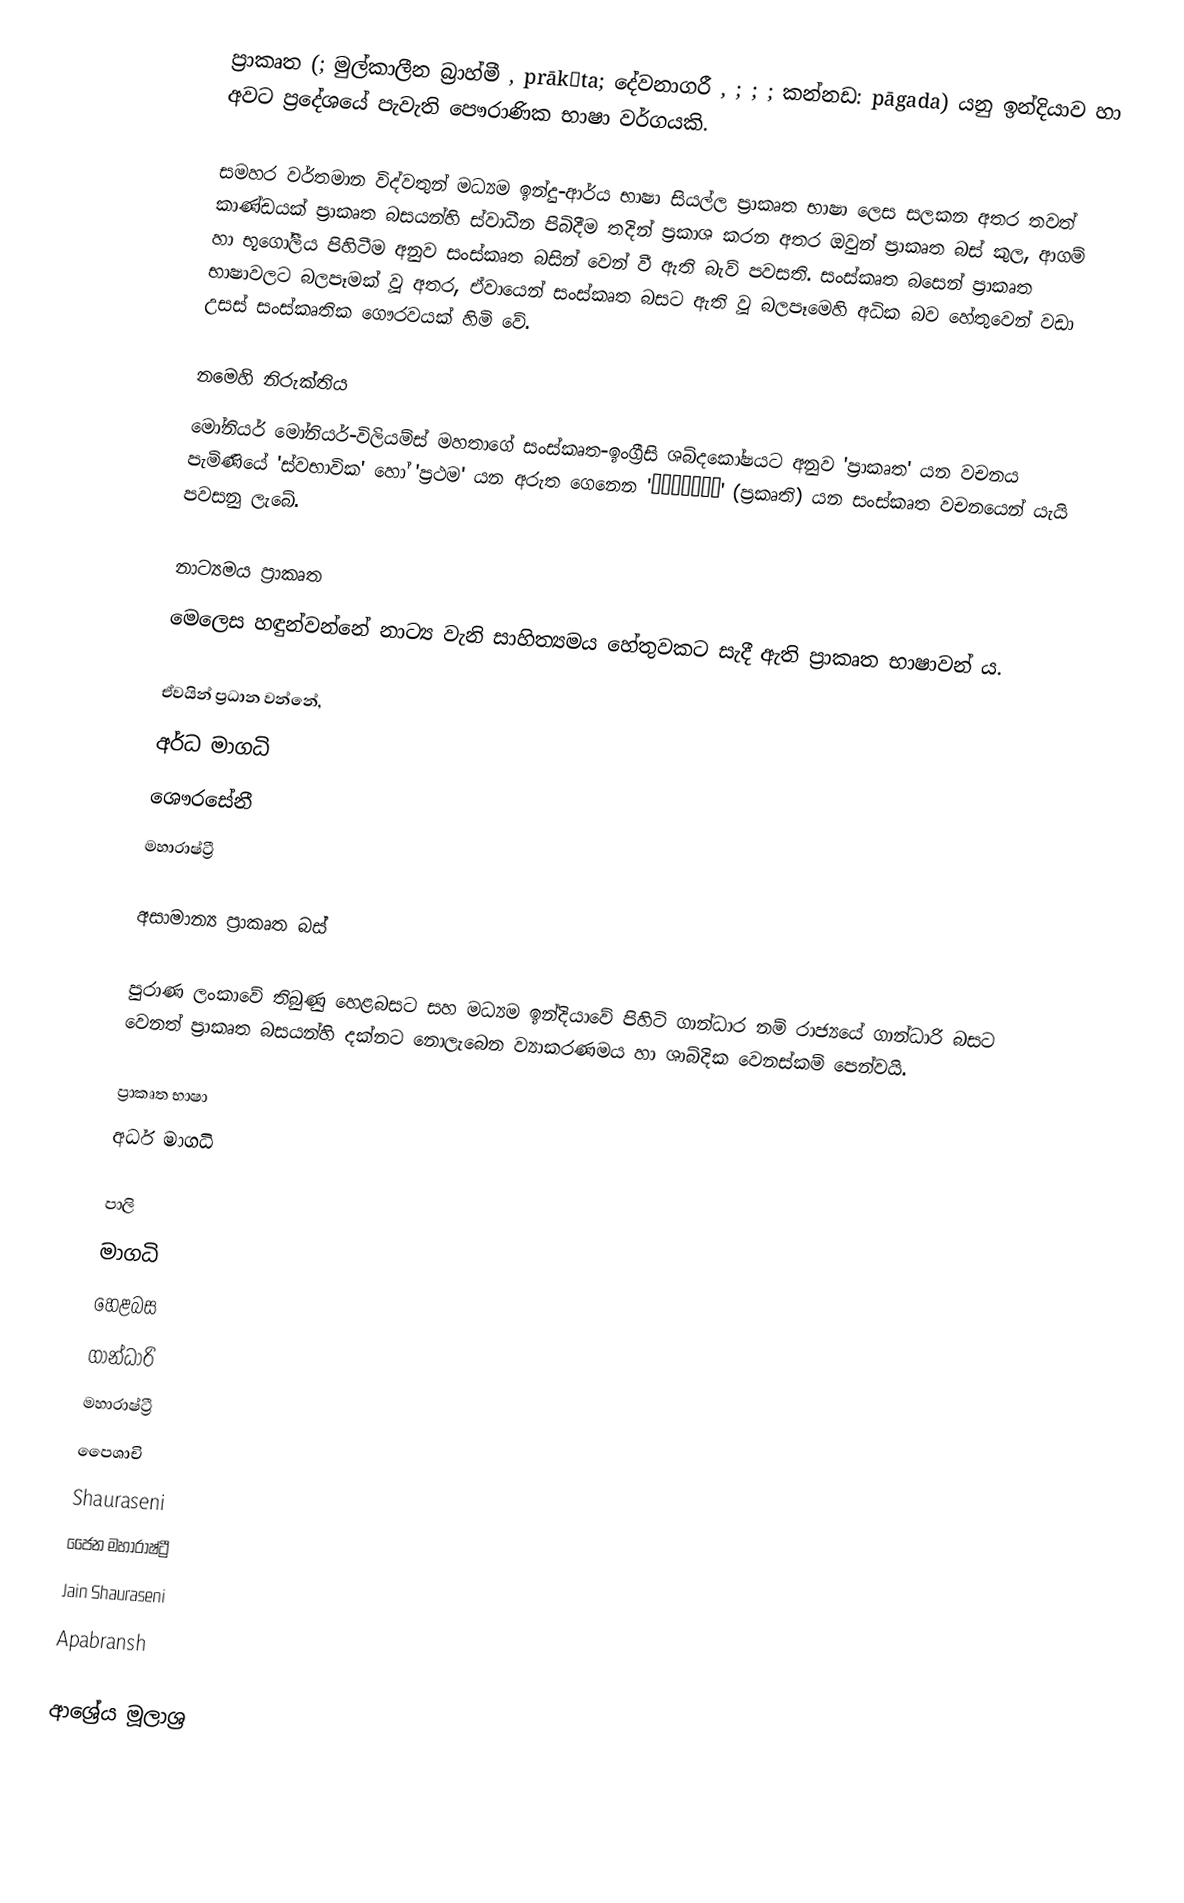
ප්‍රාකෘත (; මුල්කාලීන බ්‍රාහ්මී , prākṛta; දේවනාගරී , ; ; ; කන්නඩ: pāgada) යනු ඉන්දියාව හා අවට ප්‍රදේශයේ පැවැති පෞරාණික භාෂා වර්ගයකි.

සමහර වර්තමාන විද්වතුන් මධ්‍යම ඉන්දු-ආර්ය භාෂා සියල්ල ප්‍රාකෘත භාෂා ලෙස සලකන අතර තවත් කාණ්ඩයක් ප්‍රාකෘත බසයන්හි ස්වාධීන පිබිදීම තදින් ප්‍රකාශ කරන අතර ඔවුන් ප්‍රාකෘත බස් කුල​, ආගම් හා භූගෝලීය පිහිටීම අනුව සංස්කෘත බසින් වෙන් වී ඇති බැව් පවසති. සංස්කෘත බසෙන් ප්‍රාකෘත භාෂාවලට බලපෑමක් වූ අතර​, ඒවායෙන් සංස්කෘත බසට ඇති වූ බලපෑමෙහි අධික බව හේතුවෙන් වඩා උසස් සංස්කෘතික ගෞරවයක් හිමි වේ.

නමෙහි නිරුක්තිය​
මෝනියර් මෝනියර්-විලියම්ස් මහතාගේ සංස්කෘත​-ඉංග්‍රීසි ශබ්දකෝෂයට අනුව 'ප්‍රාකෘත​' යන වචනය පැමිණියේ 'ස්වභාවික​' හෝ 'ප්‍රථම​' යන අරුත ගෙනෙන 'प्राकृत' (ප්‍රකෘති) යන සංස්කෘත වචනයෙන් යැයි පවසනු ලැබේ.

නාට්‍යමය ප්‍රාකෘත
මෙලෙස හඳුන්වන්නේ නාට්‍ය වැනි සාහිත්‍යමය හේතුවකට සැදී ඇති ප්‍රාකෘත භාෂාවන් ය​.

ඒවයින් ප්‍රධාන වන්නේ,
 අර්ධ මාගධි
 ශෞරසේනී
 මහාරාෂ්ට්‍රී

අසාමාන්‍ය ප්‍රාකෘත බස්

පුරාණ ලංකාවේ තිබුණු හෙළබසට සහ මධ්‍යම ඉන්දියාවේ පිහිටි ගාන්ධාර නම් රාජ්‍යයේ ගාන්ධාරි බසට වෙනත් ප්‍රාකෘත බසයන්හි දක්නට නොලැබෙන ව්‍යාකරණමය හා ශාබ්දික වෙනස්කම් පෙන්වයි.

ප්‍රාකෘත භාෂා
 අර්ධ මාගධි

 පාලි
 මාගධි
 හෙළබස​
 ගාන්ධාරි
 මහාරාෂ්ට්‍රී
 පෛශාචි
 Shauraseni
 ජෛන​ මහාරාෂ්ට්‍රී
 Jain Shauraseni
 Apabransh

ආශ්‍රේය මූලාශ්‍ර